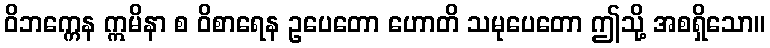
ဝိဘက္ကေန ဣမိနာ စ ဝိစာရေန ဥပေတော ဟောတိ သမုပေတော ဤသို့ အစရှိသော။